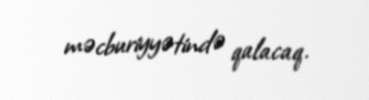
məcburiyyətində qalacaq.